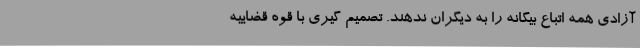
آزادی همه اتباع بیگانه را به دیگران ندهند. تصمیم گیری با قوه قضاییه